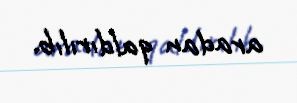
aradan qaldırılıb.